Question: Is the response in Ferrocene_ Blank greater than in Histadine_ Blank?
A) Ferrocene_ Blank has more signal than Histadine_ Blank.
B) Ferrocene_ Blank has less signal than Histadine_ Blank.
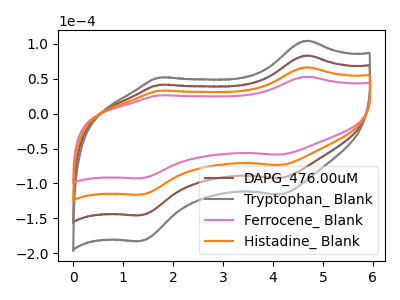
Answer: <think>The brown curve "DAPG_476.00uM" has anodic peaks at (4.70V, 132.85uA) (1.70V, 65.75uA) and cathodic peaks at (4.15V, -147.50uA) (1.35V, -232.10uA). The gray curve "Tryptophan_ Blank" has anodic peaks at (4.70V, 199.25uA) (1.70V, 98.65uA) and cathodic peaks at (4.15V, -221.20uA) (1.35V, -348.15uA). The pink curve "Ferrocene_ Blank" has anodic peaks at (4.70V, 52.95uA) (1.70V, 26.20uA) and cathodic peaks at (4.15V, -58.80uA) (1.35V, -92.50uA). The orange curve "Histadine_ Blank" has anodic peaks at (4.70V, 66.40uA) (1.70V, 32.90uA) and cathodic peaks at (4.15V, -73.75uA) (1.35V, -116.05uA).
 All the peaks in "Ferrocene_ Blank" have a peak in "Histadine_ Blank" at the same potential. Every peak in "Ferrocene_ Blank" is lower than every peak in "Histadine_ Blank".</think>
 <answer>B) "Ferrocene_ Blank" has less signal than "Histadine_ Blank".</answer>
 <eval>B</eval>